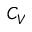
C _ { V }